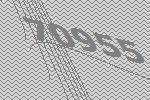
70955